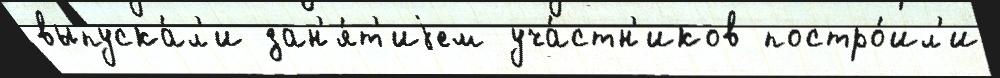
выпуска́л'и зан'я́т'иjем уча́стн'иков постро́ил'и